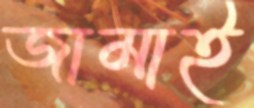
জামাই